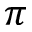
\pi